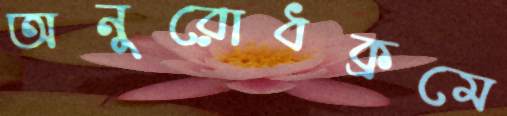
অনুরোধক্রমে